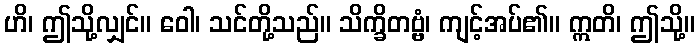
ဟိ၊ ဤသို့လျှင်။ ဝေါ၊ သင်တို့သည်။ သိက္ခိတဗ္ဗံ၊ ကျင့်အပ်၏။ ဣတိ၊ ဤသို့။